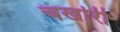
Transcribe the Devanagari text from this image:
चर्खारी